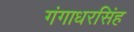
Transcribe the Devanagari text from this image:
गंगाधरसिंह